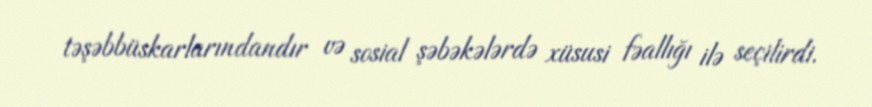
təşəbbüskarlarındandır və sosial şəbəkələrdə xüsusi fəallığı ilə seçilirdi.